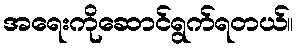
အရေးကိုဆောင်ရွက်ရတယ်။